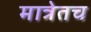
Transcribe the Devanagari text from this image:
मात्रेतच